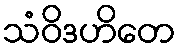
သံဝိဒဟိတေ